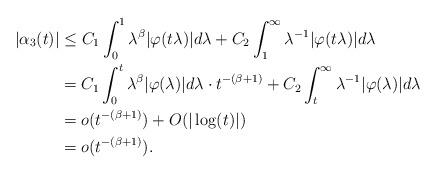
LaTeX: \begin{align*}|\alpha_3(t)|&\leq C_1\int_0^1\lambda^{\beta}|\varphi(t\lambda)|d\lambda+C_2\int_1^{\infty}\lambda^{-1}|\varphi(t\lambda)|d\lambda\\&=C_1\int_0^t\lambda^{\beta}|\varphi(\lambda)|d\lambda\cdot t^{-(\beta+1)}+C_2\int_t^{\infty}\lambda^{-1}|\varphi(\lambda)|d\lambda\\&=o(t^{-(\beta+1)})+O(|\log(t)|)\\&=o(t^{-(\beta+1)}). \end{align*}